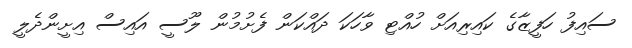
ސައިފު ހަފީޒާގެ ކައިރިއަށް ހުއްޓި ވާހަކަ ދައްކަން ފެށުމުން ލޫސީ އައިސް އިށީންދެލީ